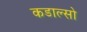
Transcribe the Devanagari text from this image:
कडाल्सो